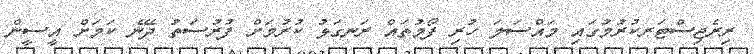
ރިރެޖިސްޓަރކުރުމުގައި މައްސަލަ ހުރި ފޯމުތައް ރަނގަޅު ކުރުމަށް ފުރުސަތު ދޭނެ ކަމަށް އީސީން